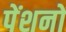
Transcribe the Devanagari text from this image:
पेंशनों